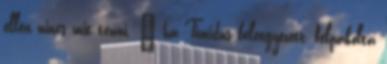
ellen nincs mit tenni. – ha Timidus beleegyezett, felpakolta